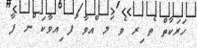
ހަރަކާތް ެތ ިރ ެވ ަލ ްއވާ ަފ ިއވާކަ ްނ ފާ